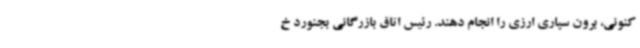
کنونی، برون سپاری ارزی را انجام دهند. رئیس اتاق بازرگانی بجنورد خ